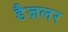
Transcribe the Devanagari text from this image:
डैज़लर